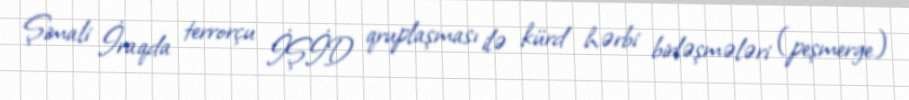
Şimali İraqda terrorçu İŞİD qruplaşması ilə kürd hərbi birləşmələri (peşmerge)